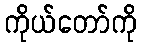
ကိုယ်တော်ကို